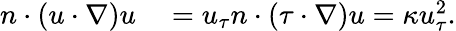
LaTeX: \begin{array}{rl}{n\cdot(u\cdot\nabla)u}&{{}=u_{\tau}n\cdot(\tau\cdot\nabla)u=\kappa u_{\tau}^{2}.}\end{array}